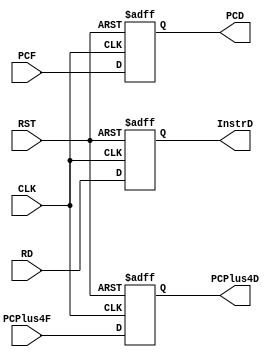
/*
   Created by : Mohamed Hazem Mamdouh
   12-08-2023
   7:30 PM
 */
//***************  Register of Fetch  ***************//
module REG_F (
            input  wire CLK ,
	        input  wire RST ,
            input  wire [31:0] RD ,
            input  wire [31:0] PCPlus4F ,
            input  wire [31:0] PCF ,
            output reg  [31:0] InstrD ,
            output reg  [31:0] PCPlus4D ,
            output reg  [31:0] PCD 
    );
  
  always @(posedge CLK or negedge RST)
  begin
   if(!RST)
   begin
   InstrD   <= 32'b0;
   PCPlus4D <= 32'b0;
   PCD      <= 32'b0;
   end
   else
   begin
   InstrD    <= RD;
   PCPlus4D  <= PCPlus4F;
   PCD       <= PCF;
   end
   end	

endmodule